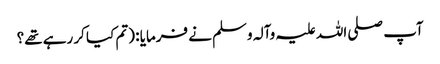
آپ صلی اللہ علیہ وآلہ وسلم نے فرمایا : (تم کیا کر رہے تھے؟